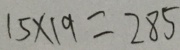
1 5 \times 1 9 = 2 8 5